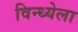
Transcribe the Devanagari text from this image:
विन्ध्येला